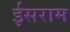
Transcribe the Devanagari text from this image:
ईसराम